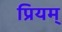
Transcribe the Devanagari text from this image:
प्रियम्‌